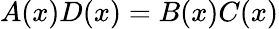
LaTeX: A(x)D(x)=B(x)C(x)